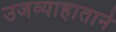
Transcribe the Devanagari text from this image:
उजव्याहाताने